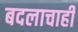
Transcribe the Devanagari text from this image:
बदलाचाही